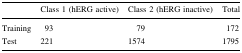
|  | Class 1 (hERG active) | Class 2 (hERG inactive) | Total |
 | --- | --- | --- | --- |
 | Training | 93 | 79 | 172 |
 | Test | 221 | 1574 | 1795 |